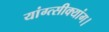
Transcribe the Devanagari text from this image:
यांग्त्सीक्यांग।